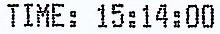
TIME: 15:14:00